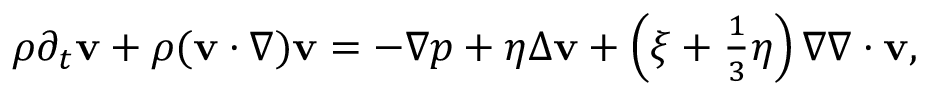
\begin{array} { r } { \rho \partial _ { t } \mathbf v + \rho ( \mathbf v \cdot \nabla ) \mathbf v = - \nabla p + \eta \Delta \mathbf v + \left( \xi + \frac { 1 } { 3 } \eta \right) \nabla \nabla \cdot \mathbf v , } \end{array}